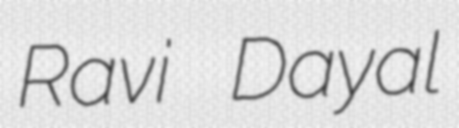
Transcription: Ravi Dayal